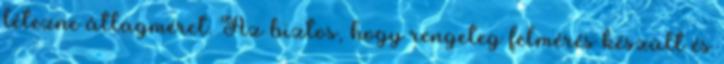
létezne átlagméret. Az biztos, hogy rengeteg felmérés készült és